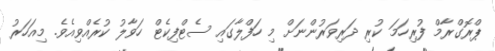
ޕްރޮގްރާމް ފުރިހަމަ ކުރި ދަރިވަރުންނަށް މި ހަފްލާގައި ސެޓްފިކެޓް ހަވާލު ކުރެއްވިއެވެ. މިއަހަރު